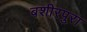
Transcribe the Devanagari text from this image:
बशीरपुरा